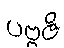
ပဗ္ဗဇိ